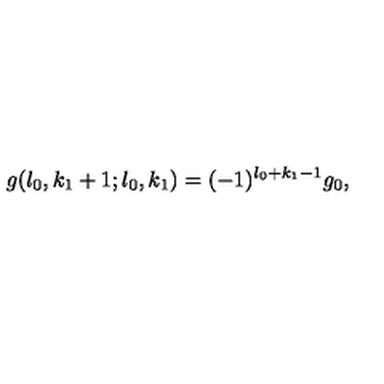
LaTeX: g ( l _ { 0 } , k _ { 1 } + 1 ; l _ { 0 } , k _ { 1 } ) = ( - 1 ) ^ { l _ { 0 } + k _ { 1 } - 1 } g _ { 0 } ,